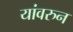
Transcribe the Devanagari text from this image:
यांवरुन